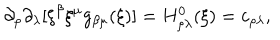
LaTeX: \partial _ { \rho } \partial _ { \lambda } [ \xi ^ { \beta } \xi ^ { \mu } g _ { \beta \mu } ( \xi ) ] = H _ { \rho \lambda } ^ { 0 } ( \xi ) = c _ { \rho \lambda } ,